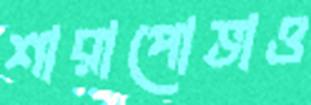
শারাপোভাও